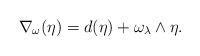
LaTeX: \begin{align*}\nabla_{\omega}(\eta) = d(\eta) + \omega_{\lambda} \wedge \eta.\end{align*}